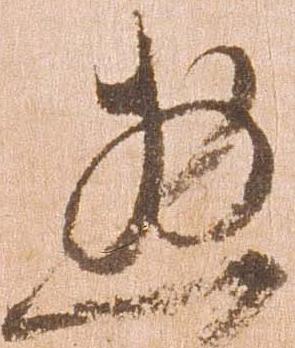
惣